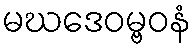
မဃဒေဝမ္ဗဝနံ